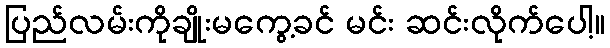
ပြည်လမ်းကိုချိုးမကွေ့ခင် မင်း ဆင်းလိုက်ပေါ့။